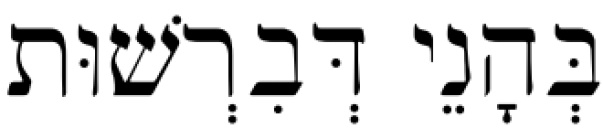
בְּהָנֵי דְּבִרְשׁוּת